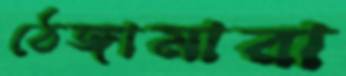
ঠেঙ্গামারা